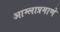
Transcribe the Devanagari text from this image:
आम्लाप्रमाणे